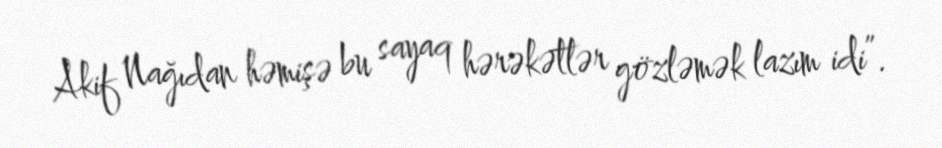
Akif Nağıdan həmişə bu sayaq hərəkətlər gözləmək lazım idi”.